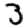
Digit: 3